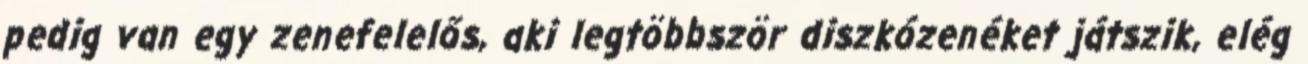
pedig van egy zenefelelős, aki legtöbbször diszkózenéket játszik, elég